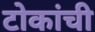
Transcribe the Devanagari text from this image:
टोकांची